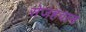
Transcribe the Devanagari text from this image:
सेजहवान